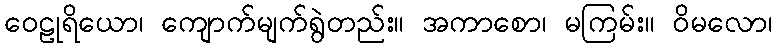
ဝေဠုရိယော၊ ကျောက်မျက်ရွဲတည်း။ အကာစော၊ မကြမ်း။ ဝိမလော၊